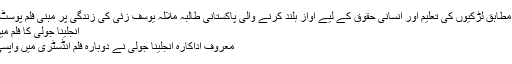
بھارتی میڈیا کے مطابق لڑکیوں کی تعلیم اور انسانی حقوق کے لیے آواز بلند کرنے والی پاکستانی طالبہ ملالہ یوسف زئی کی زندگی پر مبنی فلم پوسٹ پروڈکشن کے…
انجلینا جولی کا فلم میں واپسی کا فیصلہ
معروف اداکارہ انجلینا جولی نے دوبارہ فلم انڈسٹری میں واپسی کا فیصلہ کر لیا۔